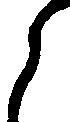
ら